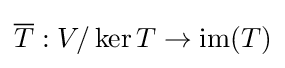
{\overline {T}}:V/\ker T\to \operatorname {im} (T)